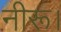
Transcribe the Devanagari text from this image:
नीरू।